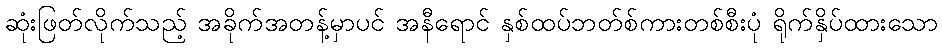
ဆုံးဖြတ်လိုက်သည့် အခိုက်အတန့်မှာပင် အနီရောင် နှစ်ထပ်ဘတ်စ်ကားတစ်စီးပုံ ရိုက်နှိပ်ထားသော